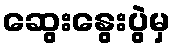
ဆွေးနွေးပွဲမှ